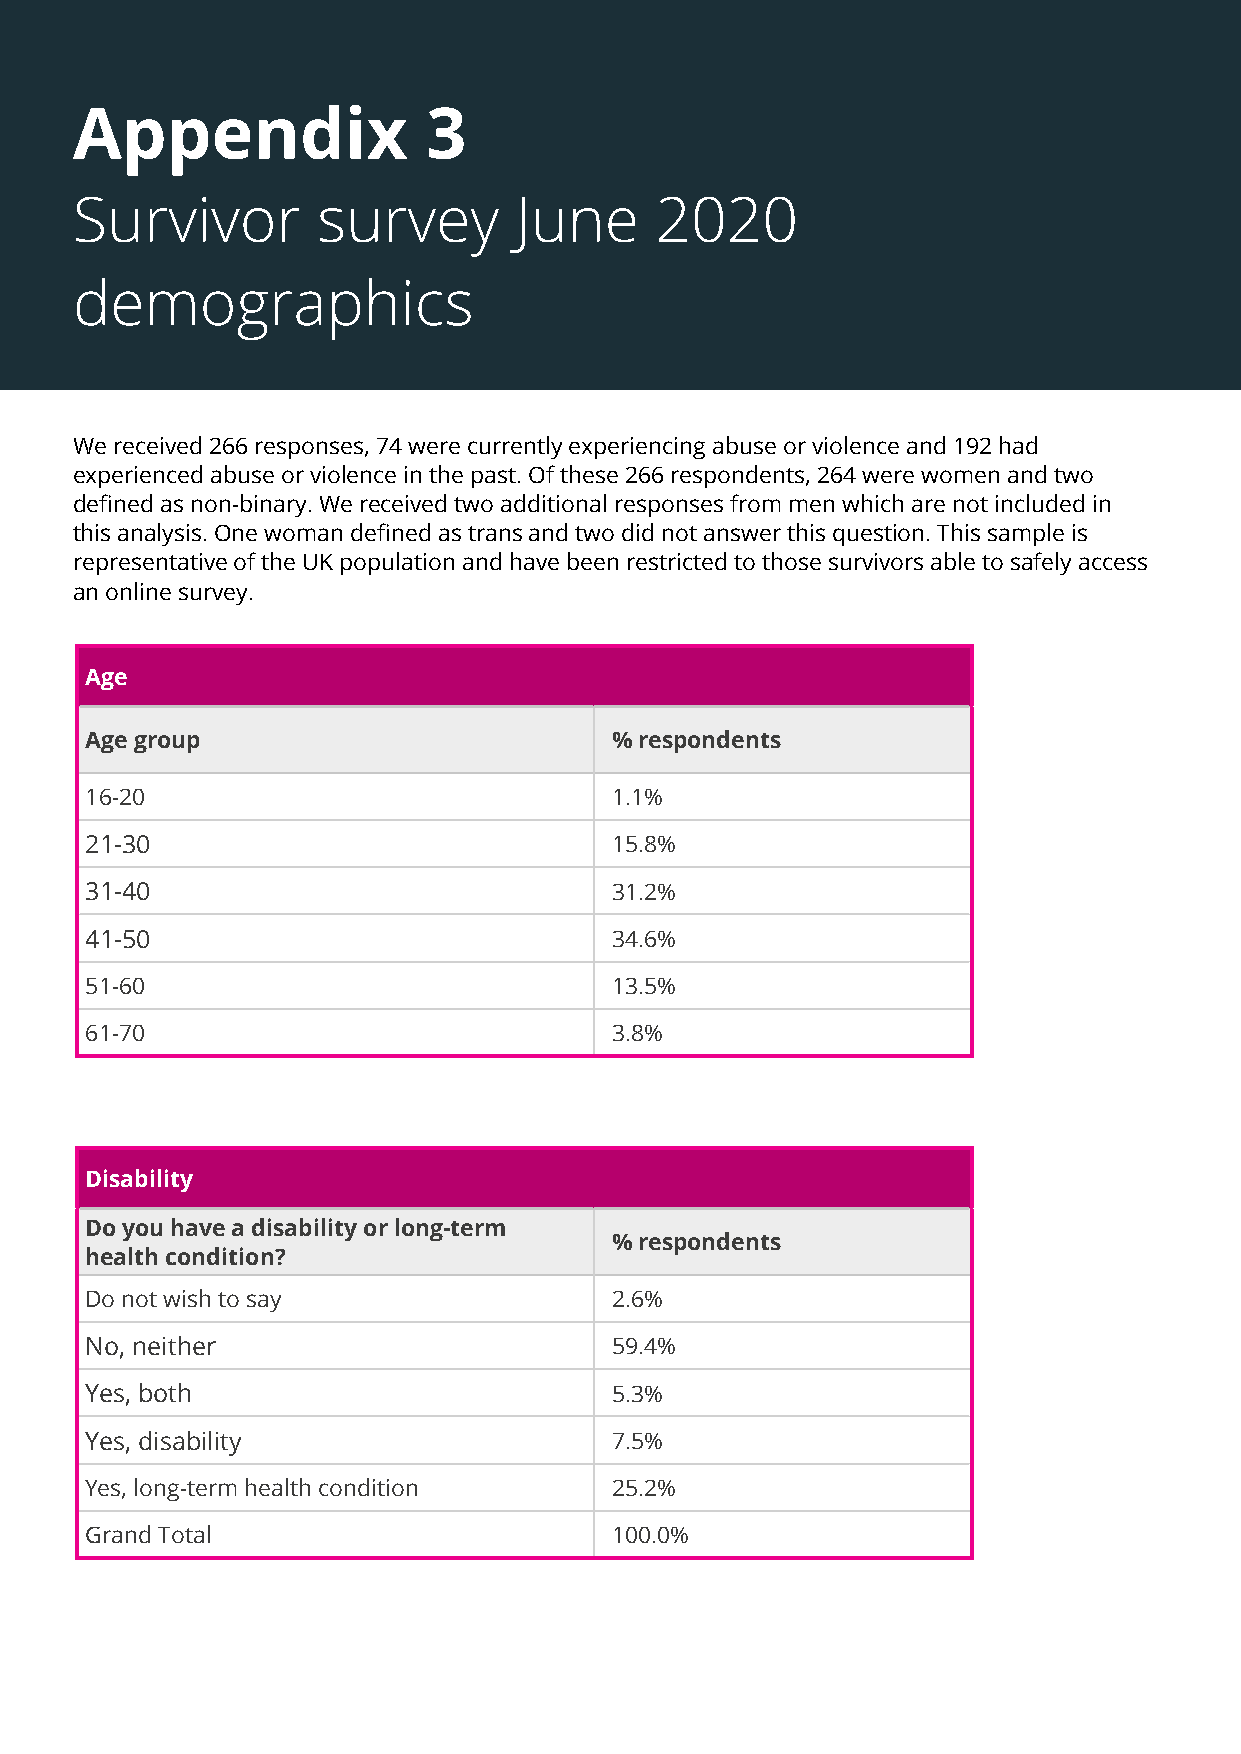
44                           A Perfect Storm: The Impact of the Covid-19 Pandemic on Domestic Abuse
 Survivors and the Services Supporting Them
 Appendix               3
 Survivor        survey       June     2020
 demographics
 We received 266 responses, 74 were currently experiencing abuse or violence and 192 had
 experienced abuse or violence in the past. Of these 266 respondents, 264 were women and two
 defined as non-binary. We received two additional responses from men which are not included in
 this analysis. One woman defined as trans and two did not answer this question. This sample is
 representative of the UK population and have been restricted to those survivors able to safely access
 an online survey.
 Age
 Age group                         % respondents
 16-20                             1.1%
 21-30                             15.8%
 31-40                             31.2%
 41-50                             34.6%
 51-60                             13.5%
 61-70                             3.8%
 Disability
 Do you have a disability or long-term
 % respondents
 health condition?
 Do not wish to say                2.6%
 No, neither                       59.4%
 Yes, both                         5.3%
 Yes, disability                   7.5%
 Yes, long-term health condition   25.2%
 Grand Total                       100.0%